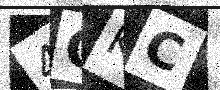
Text: 4OKC